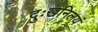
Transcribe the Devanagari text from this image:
दुःखनिलयं